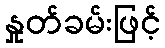
နှုတ်ခမ်းဖြင့်